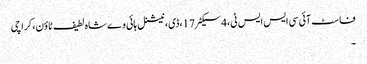
فاسٹ آئی سی ایس ایس ٹی،4سیکٹر17،ڈی، نیشنل ہائی وے شاہ لطیف ٹاؤن، کراچی
۔